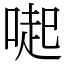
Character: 𠺬